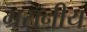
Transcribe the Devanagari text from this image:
ग्रसनीय